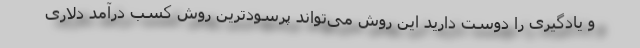
و یادگیری را دوست دارید این روش می‌تواند پرسودترین روش کسب درآمد دلاری